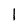
Character: l